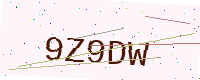
Text: 9Z9DW